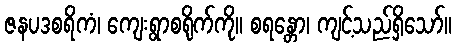
ဇနပဒစရိကံ၊ ကျေးရွာစရိုက်ကို။ စရန္တော၊ ကျင့်သည်ရှိသော်။